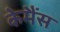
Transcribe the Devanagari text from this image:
केमैंस